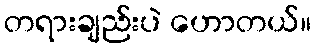
တရားချည်းပဲ ဟောတယ်။